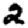
Digit: 2